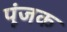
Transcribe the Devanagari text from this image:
पूंजक